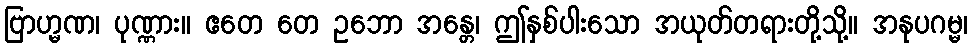
ဗြာဟ္မဏ၊ ပုဏ္ဏား။ ဧတေ တေ ဥဘော အန္တေ၊ ဤနှစ်ပါးသော အယုတ်တရားတို့သို့။ အနုပဂမ္မ၊